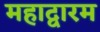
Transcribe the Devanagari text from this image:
महाद्वारम